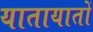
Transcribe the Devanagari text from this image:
यातायातों